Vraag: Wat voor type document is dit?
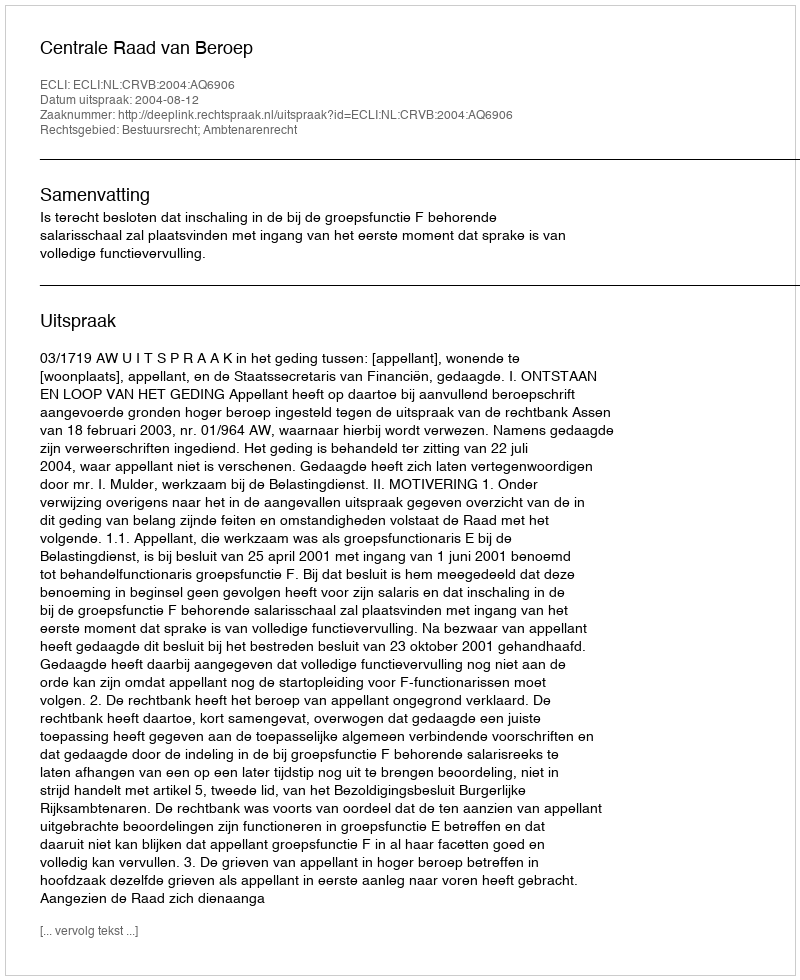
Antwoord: Uitspraak